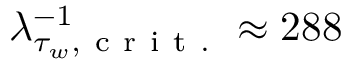
\lambda _ { \tau _ { w } , \mathrm { ~ c ~ r ~ i ~ t ~ . ~ } } ^ { - 1 } \approx 2 8 8